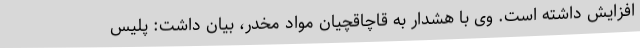
افزایش داشته است. وی با هشدار به قاچاقچیان مواد مخدر، بیان داشت: پلیس